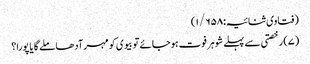
(فتاوی ثنائیہ:۱/۶۵۸)
(۷) رخصتی سے پہلے شوہر فوت ہوجائے تو بیوی کو مہر آدھا ملے گا یا پورا؟